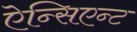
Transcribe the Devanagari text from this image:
ऐन्सिएन्ट